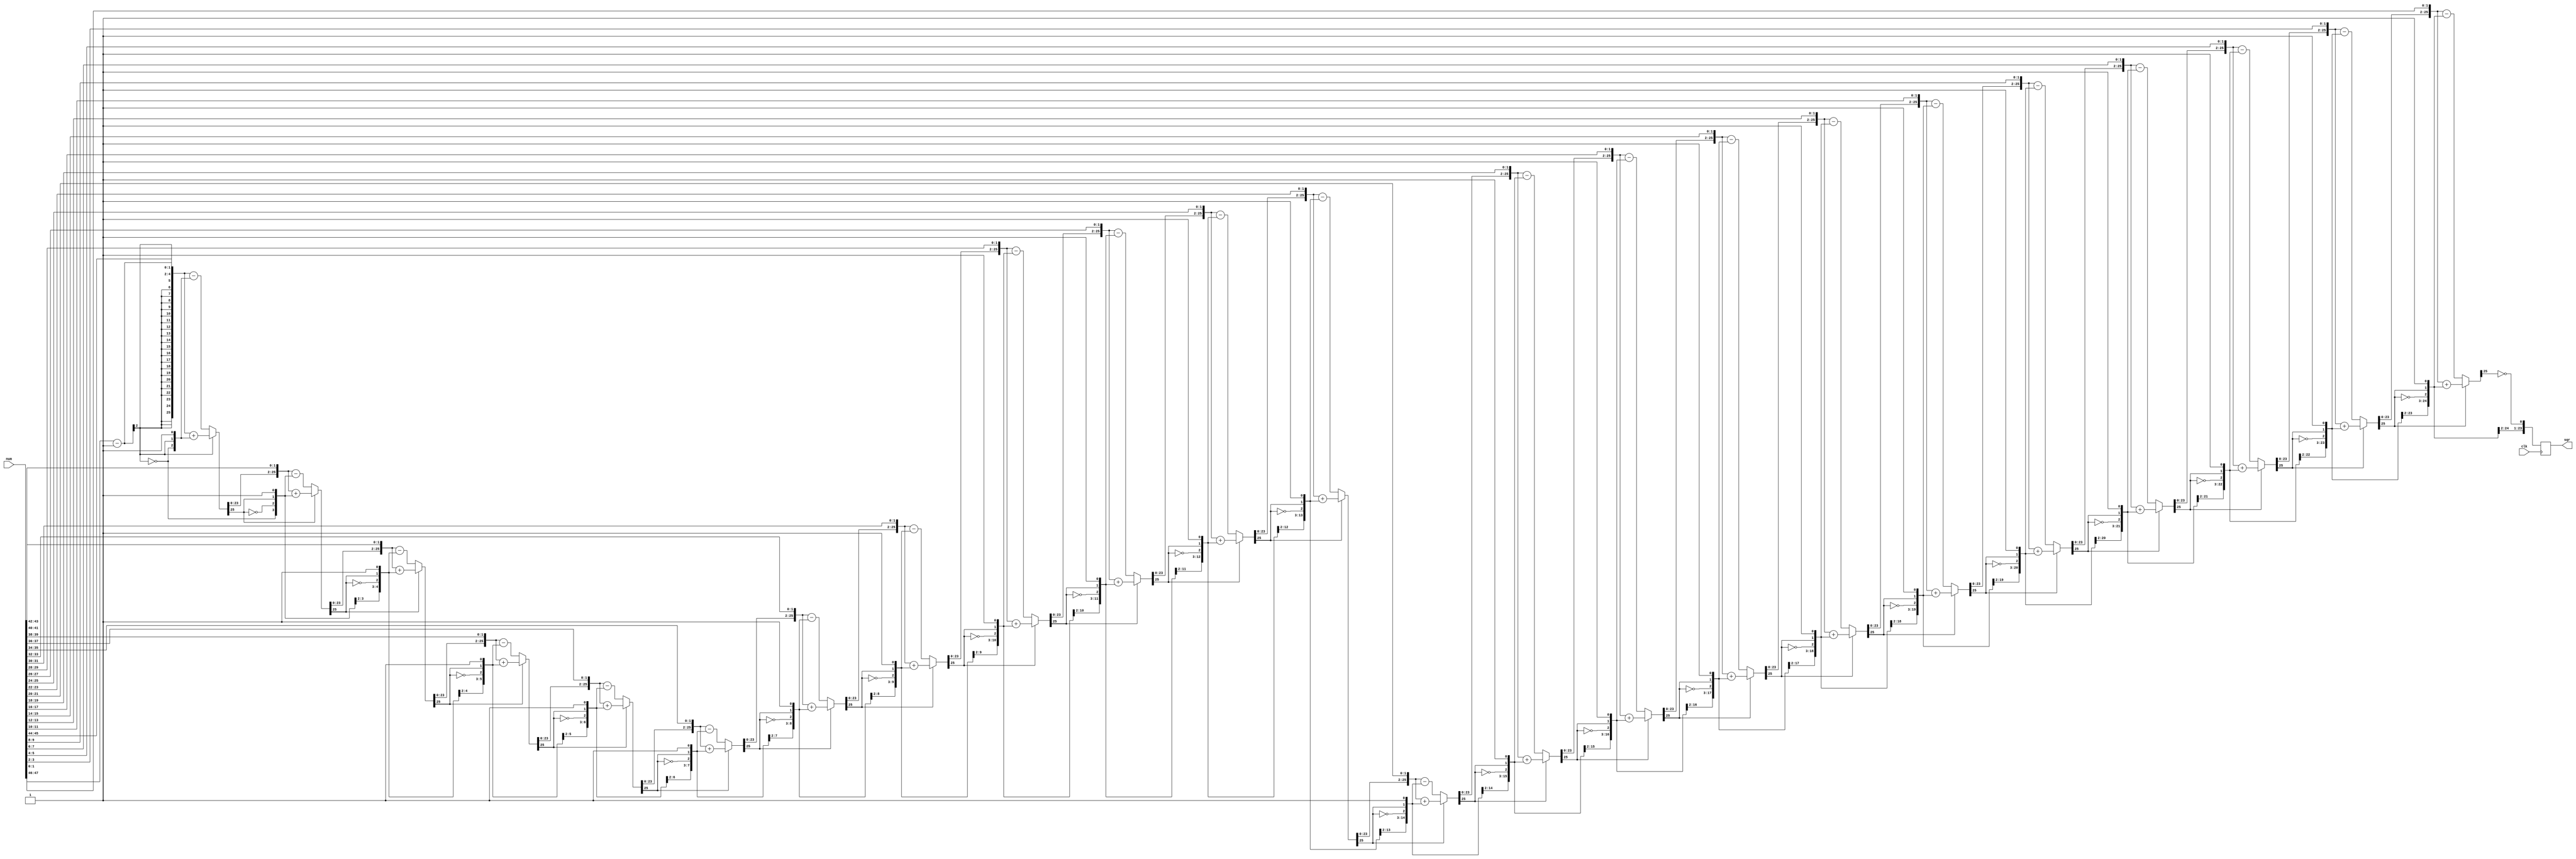

`timescale 1ns / 1ps
//////////////////////////////////////////////////////////////////////////////////
// Company: 
// Engineer: 
// 
// Design Name: 
// Module Name: sqrt
// Project Name: 
// Target Devices: 
// Tool Versions: 
// Description: 
// 
// Dependencies: 
// 
// Revision:
// Revision 0.01 - File Created
// Additional Comments:
// 
//////////////////////////////////////////////////////////////////////////////////


module sqrt(
input clk,input [47:0]num,output reg[23:0]sqr
    );
 //reg [23:0] sqr;

//Verilog function to find square root of a 32 bit number.
//The output is 16 bit.
//function [15:0] sqrt;
   // reg [47:0] num=32'd25;  //declare input
    //intermediate signals.
    //reg [15:0]sqrt;
    reg [47:0] a;
    reg [23:0] q;
    reg [25:0] left,right,r;    
    integer i;
always@(posedge clk) begin
    //initialize all the variables.
    a = num;
    q = 0;
    i = 0;
    left = 0;   //input to adder/sub
    right = 0;  //input to adder/sub
    r = 0;  //remainder

    //run the calculations for 16 iterations.
    for(i=0;i<24;i=i+1) begin 
        right = {q,r[25],1'b1};
        left = {r[23:0],a[47:46]};
        a = {a[45:0],2'b00};    //left shift by 2 bits.
        if (r[25] == 1) //add if r is negative
            r = left + right;
        else    //subtract if r is positive
            r = left - right;
        q = {q[22:0],!r[25]};       
    
      //final assignment of output.
   end
    sqr = q;
//endfunction //end of Function

////simulation-Apply inputs.
//    initial begin
//        sqr = sqrt(32'd4000000);    #100;
//        sqr = sqrt(32'd96100);  #100;
//        sqr = sqrt(32'd25); #100;
//        sqr = sqrt(32'd100000000);  #100;
//        sqr = sqrt(32'd33); #100;
//        sqr = sqrt(32'd3300);   #100;
//        sqr = sqrt(32'd330000); #100;
//        sqr = sqrt(32'd3300000000); #100;
end
      

endmodule